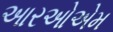
આરઓએમ